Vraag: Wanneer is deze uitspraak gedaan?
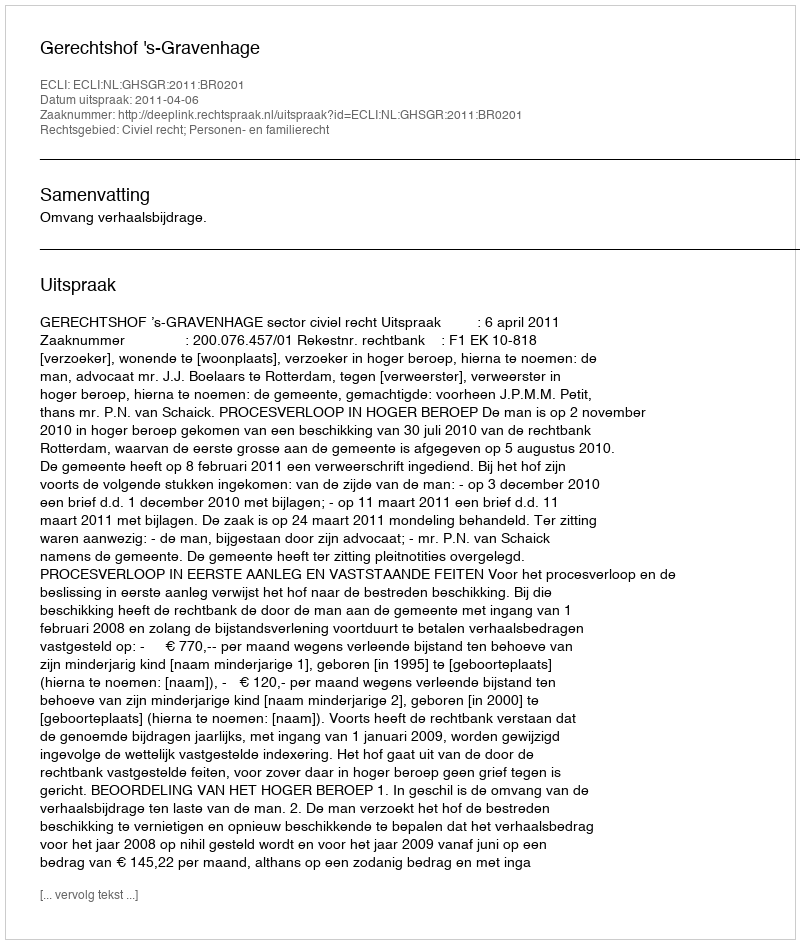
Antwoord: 2011-04-06